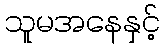
သူမအနေနှင့်